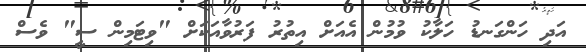
އަދި ހަންގަނޑު ހަލާކު ވުމުން އެއަށް އިތުރު ފަރުވާއަކަށް "ވިޓަމިން ސީ" ވެސް